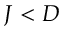
J < D